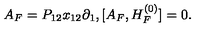
A _ { F } = P _ { 1 2 } x _ { 1 2 } \partial _ { 1 } , [ A _ { F } , H _ { F } ^ { ( 0 ) } ] = 0 .